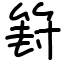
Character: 篈